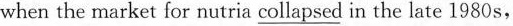
when the market for nutria \underline{collapsed} in the late 1980 s,